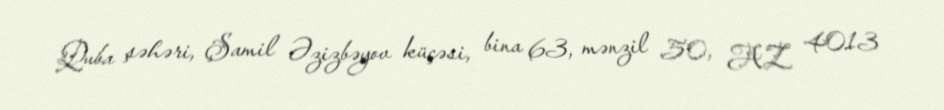
Quba şəhəri, Şamil Əzizbəyov küçəsi, bina 63, mənzil 50, AZ 4013